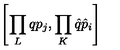
\left[ \prod _ { L } q p _ { j } , \prod _ { K } \hat { q } \hat { p } _ { i } \right]